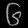
Digit: ၆